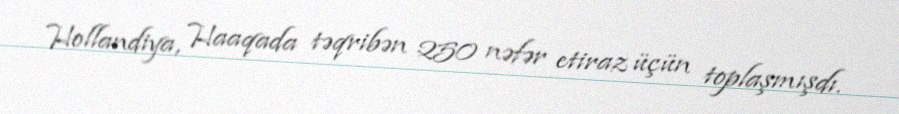
Hollandiya, Haaqada təqribən 250 nəfər etiraz üçün toplaşmışdı.